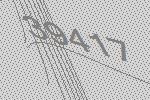
39417